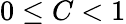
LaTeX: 0\leq C<1